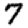
Digit: 7